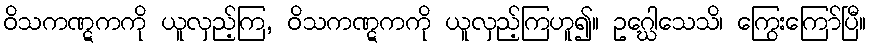
ဝိသကဏ္ဋကကို ယူလှည့်ကြ, ဝိသကဏ္ဋကကို ယူလှည့်ကြဟူ၍။ ဥဂ္ဃေါသေသိ၊ ကြွေးကြော်ပြီ။